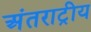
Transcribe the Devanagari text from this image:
अंतराट्रीय